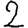
Digit: 2